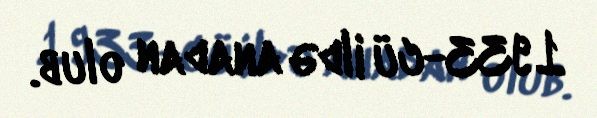
1933-cü ildə anadan olub.